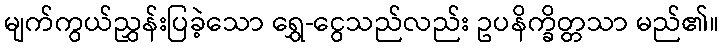
မျက်ကွယ်ညွှန်းပြခဲ့သော ရွှေ-ငွေသည်လည်း ဥပနိက္ခိတ္တသာ မည်၏။